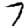
Digit: 7